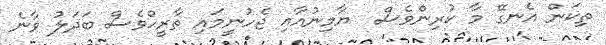
ތިކަން އެނގޭ މާ ކުރިންވެސް  ޔާމިނުއާއި ޖެހުނީމައި ތާރީޙްވެސް ބަދަލު ވާނެ